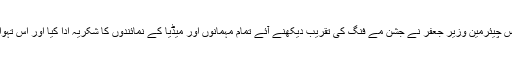
اس سے پہلے خطاب کرتے ہوئے شگر ٹورزم ایسوسی ایشن کے وائس چیئرمین وزیر جعفر نے جشن مے فنگ کی تقریب دیکھنے آئے تمام مہمانوں اور میڈیا کے نمائندوں کا شکریہ ادا کیا اور اس تہوار کو آئندہ بھی شایان شان طریقے سے منانے کے عزم کا اظہار کیا۔